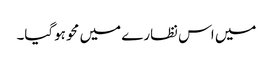
میں اس نظارے میں محو ہوگیا۔